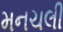
મનચલી